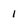
Character: 1